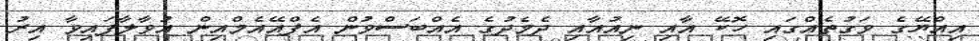
އިއްޔޭގެ ވަގުތެއްގައި ހޮކޭ އާއި ނިއުއާއި ދެމެދުގެ އެއްބަސްވުން އެފްއޭއެމްއިން އުވާލާފައިވާ އިރު